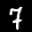
Label: 7